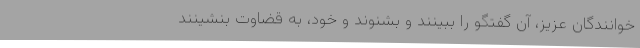
خوانندگان عزیز، آن گفتگو را ببینند و بشنوند و خود، به قضاوت بنشینند